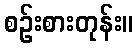
စဉ်းစားတုန်း။